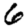
Digit: 6